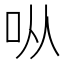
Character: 𫩛